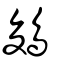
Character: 鵕